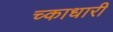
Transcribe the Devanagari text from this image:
च्काधारी